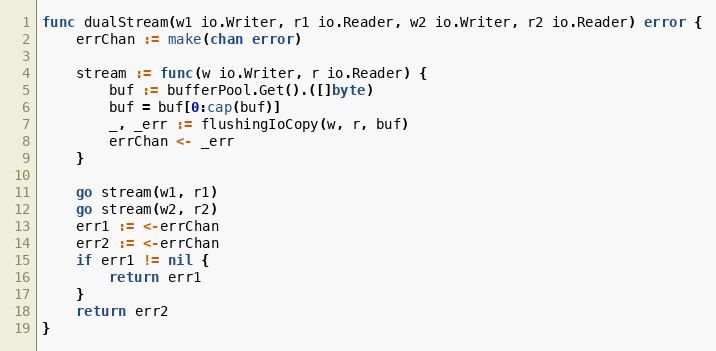
Language: Go
func dualStream(w1 io.Writer, r1 io.Reader, w2 io.Writer, r2 io.Reader) error {
	errChan := make(chan error)

	stream := func(w io.Writer, r io.Reader) {
		buf := bufferPool.Get().([]byte)
		buf = buf[0:cap(buf)]
		_, _err := flushingIoCopy(w, r, buf)
		errChan <- _err
	}

	go stream(w1, r1)
	go stream(w2, r2)
	err1 := <-errChan
	err2 := <-errChan
	if err1 != nil {
		return err1
	}
	return err2
}